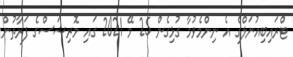
ޓްރައިބިއުނަލްގެ އެ ނިންމެވުމާ ގުޅިގެން 25 މޭ 2021 ގައި މޮރިޝަސްގެ ފަރާތުން